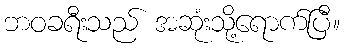
ဘဝခရီးသည် အဆုံးသို့ရောက်ပြီ။